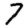
Digit: 7